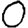
Digit: 0